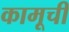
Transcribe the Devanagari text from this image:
कामूची